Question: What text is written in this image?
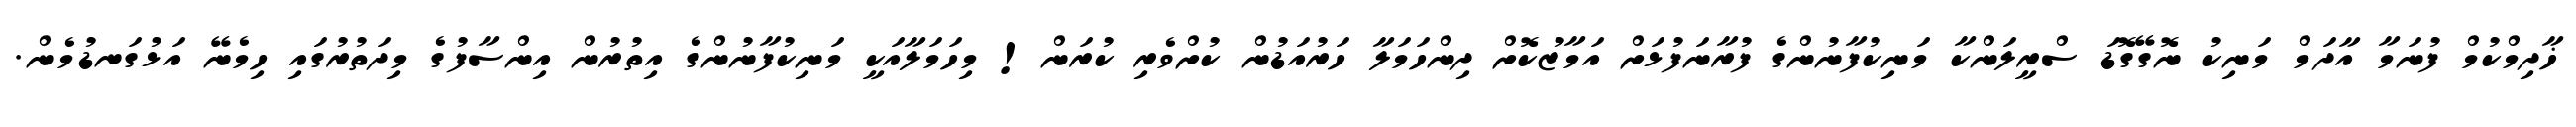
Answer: ޚާދިމްކުމް ފުނަމާ އާދަމް މަނިކު ނޮގޭގޮޑަ ސްރީލަންކާ މަނިކުފާނުންގެ ފުރާނަފުޅަށް އަމާޒުކޮށް ދިންހަމަލާ ހަރުއަޑުން ކުށްވެރި ކުރަން! މިހަމަލާއަކީ މަނިކުފާނުންގެ އިތުރުން އިންސާފުގެ މިދަތުރުގައި ހިމެނޭ އަޅުގަނޑުމެން.